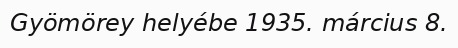
Gyömörey helyébe 1935. március 8.